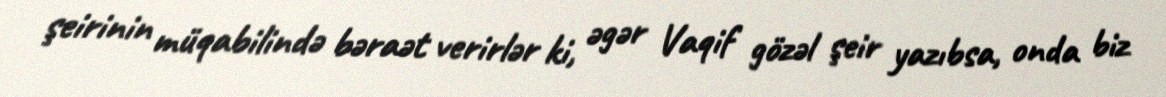
şeirinin müqabilində bəraət verirlər ki, əgər Vaqif gözəl şeir yazıbsa, onda biz